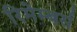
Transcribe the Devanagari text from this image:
रिमेम्बर्स